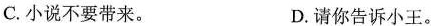
C.小说不要带来。 D.请你告诉小王。